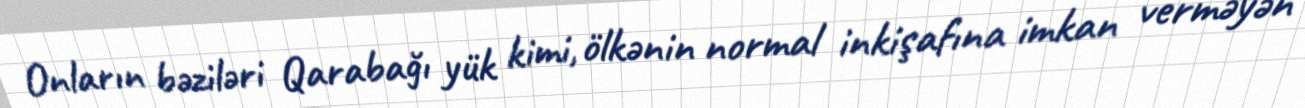
Onların bəziləri Qarabağı yük kimi, ölkənin normal inkişafına imkan verməyən